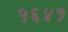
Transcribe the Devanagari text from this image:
५६४१